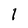
Character: 1